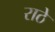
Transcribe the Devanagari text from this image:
राठे